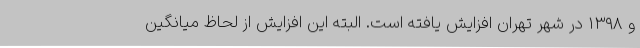
و ۱۳۹۸ در شهر تهران افزایش یافته است. البته این افزایش از لحاظ میانگین